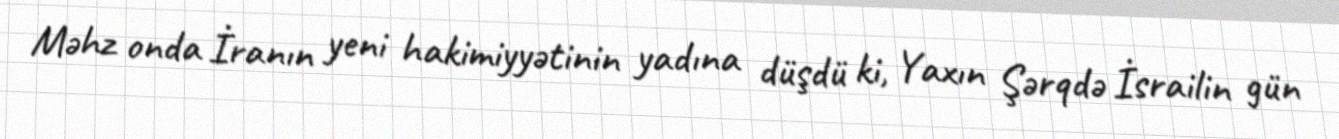
Məhz onda İranın yeni hakimiyyətinin yadına düşdü ki, Yaxın Şərqdə İsrailin gün